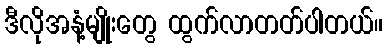
ဒီလိုအနံ့မျိုးတွေ ထွက်လာတတ်ပါတယ်။